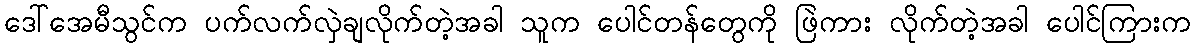
ဒေါ်အေမီသွင်က ပက်လက်လှဲချလိုက်တဲ့အခါ သူက ပေါင်တန်တွေကို ဖြဲကား လိုက်တဲ့အခါ ပေါင်ကြားက